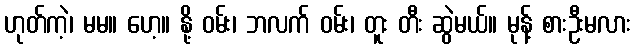
ဟုတ်ကဲ့၊ မမ။ ဟေ့။ နို့ ဝမ်း၊ ဘလက် ဝမ်း၊ တူး တီး ဆွဲမယ်။ မုန့် စားဦးမလား